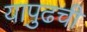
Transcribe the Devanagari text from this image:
यापुढची